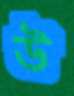
উ